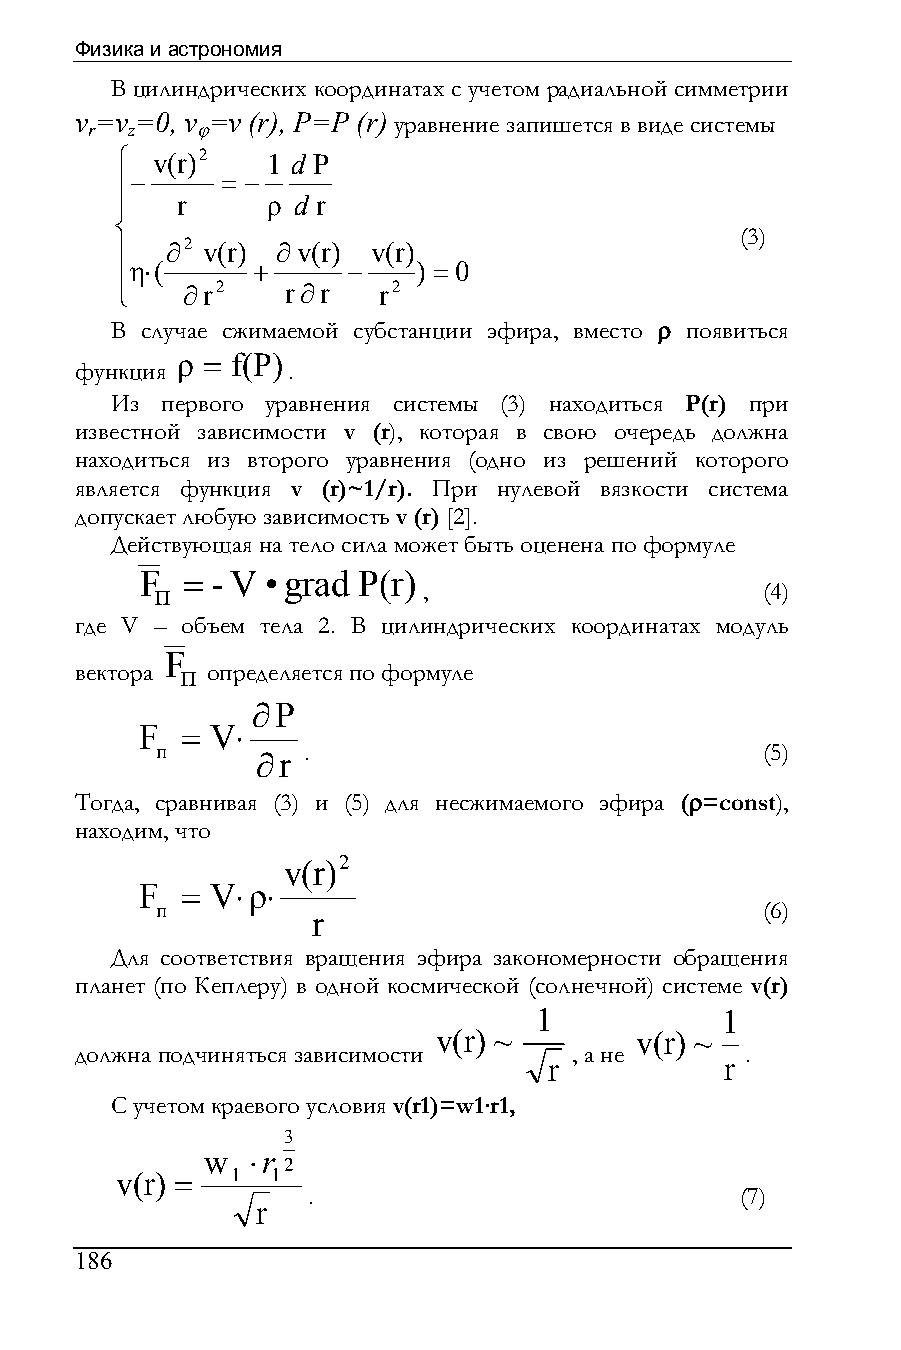
Физика и астрономия
 В цилиндрических координатах с учетом радиальной симметрии
 v =v =0, v =v (r), P=P (r) уравнение запишется в виде системы
 r z    ϕ
 ⎧ v(r)2   1 d P
 −     = −
 ⎪
 ⎪   r     ρ d r
 ⎨
 (3)
 ⎪  ∂2 v(r) ∂v(r) v(r)
 η⋅(     +     −    ) = 0
 ⎪
 ⎩   ∂r2    r∂r   r2
 В случае сжимаемой субстанции эфира, вместо ρ появиться
 ρ = f(P)
 функция       .
 Из  первого уравнения системы (3) находиться P(r) при
 известной зависимости v (r), которая в свою очередь должна
 находиться из второго уравнения (одно из решений которого
 является функция v (r)~1/r). При нулевой вязкости система
 допускает любую зависимость v (r) [2].
 Действующая на тело сила может быть оценена по формуле
 F  = - V • grad P(r)
 п                 ,                     (4)
 где V – объем тела 2. В цилиндрических координатах модуль
 F
 вектора п определяется по формуле
 ∂P
 F  = V⋅
 п         .                             (5)
 ∂r
 Тогда, сравнивая (3) и (5) для несжимаемого эфира (ρ=const),
 находим, что
 v(r)2
 F  = V⋅ρ⋅
 п                                       (6)
 r
 Для соответствия вращения эфира закономерности обращения
 планет (по Кеплеру) в одной космической (солнечной) системе v(r)
 1            1
 v(r) ~       v(r) ~
 должна подчиняться зависимости   , а не     .
 r           r
 С учетом краевого условия v(r1)=w1·r1,
 3
 w ⋅r
 2
 v(r) = 1  1
 .                            (7)
 r
 186